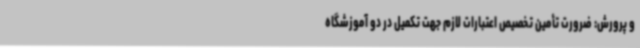
و پرورش: ضرورت تأمین تخصیص اعتبارات لازم جهت تکمیل در دو آموزشگاه